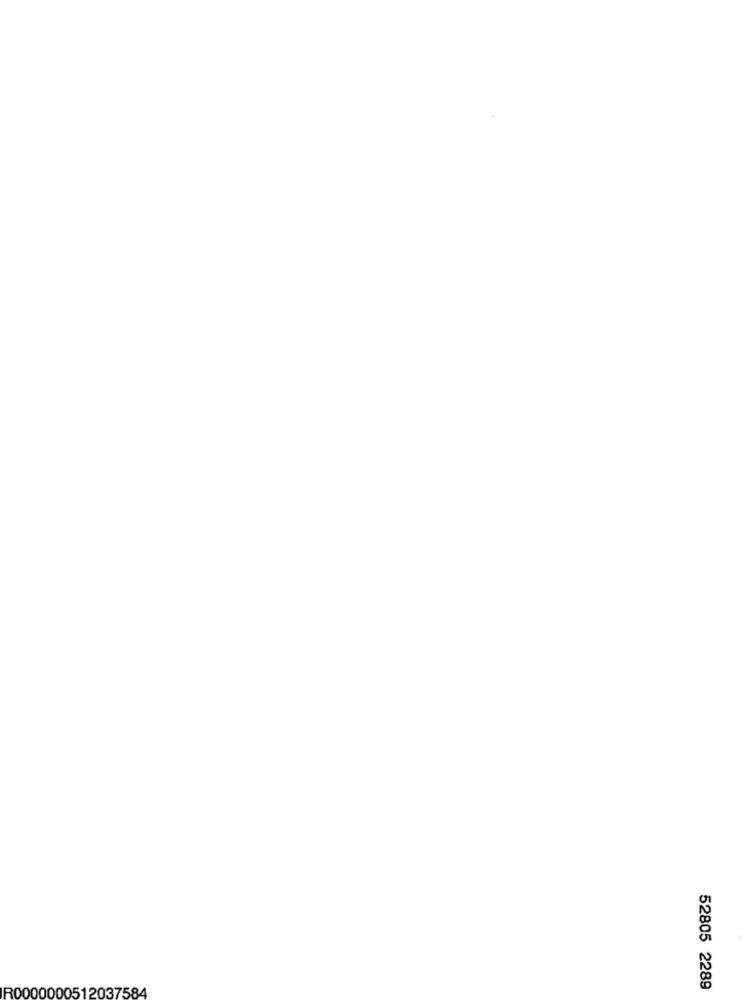
R0000000512037584
52805 2289